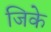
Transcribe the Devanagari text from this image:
जिके